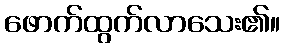
ဖောက်ထွက်လာသေး၏။